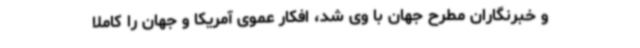
و خبرنگاران مطرح جهان با وی شد، افکار عموی آمریکا و جهان را کاملاً